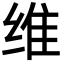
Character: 维